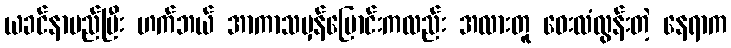
ယခင်နာမည်ပြီး ဟက်ဘယ် အာကာသမှန်ပြောင်းကလည်း အလားတူ ဝေးလံလွန်းတဲ့ နေရာက